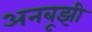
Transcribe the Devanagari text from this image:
अनबूझी